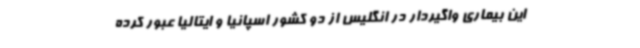
این بیماری واگیردار در انگلیس از دو کشور اسپانیا و ایتالیا عبور کرده